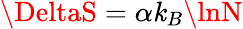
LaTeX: \DeltaS=\alpha\mathit{k}_{B}\lnN